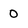
Character: 0